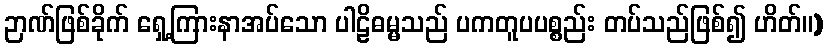
ဉာဏ်ဖြစ်ခိုက် ရှေ့ကြားနာအပ်သော ပါဠိဓမ္မသည် ပကတူပပစ္စည်း တပ်သည်ဖြစ်၍ ဟိတ်။)